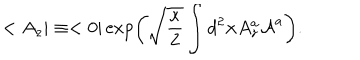
< A _ { z } \vert \equiv < 0 \vert \exp \left( \sqrt { \frac { \kappa } { 2 } } \int d ^ { 2 } { \bf x } A _ { z } ^ { a } { \cal A } ^ { a } \right) .